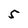
Character: 5